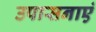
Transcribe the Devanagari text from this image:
उपासनाएं